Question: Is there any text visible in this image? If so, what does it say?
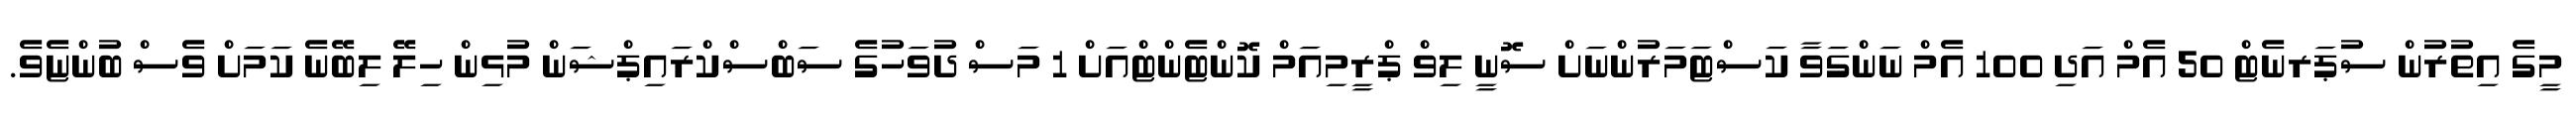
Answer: މީގެ އިތުރުން ސުޕަރނެޓް 50 އެމް އަދި 100 އެމް ނަންގަވާ ކަސްޓަމަރުންނަށް ސޮނީ ލިވް ޕްރީމިއަމް ކޮންޓެންޓްއަށް 1 މަސް ދުވަހުގެ ސަބްސްކްރައިޕްޝަން މުޅިން ހިލޭ ލިބޭނެ ކަމަށް ވެސް ބުންޏެވެ.